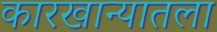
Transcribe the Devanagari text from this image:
कारखान्यातला